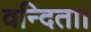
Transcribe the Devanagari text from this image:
वन्दिता।